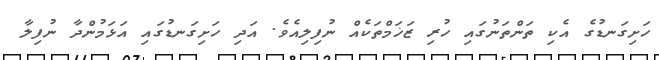
ހަށިގަނޑުގެ އެކި ތަންތަނުގައި ހުރި ޒަޚަމްތަކެއް ނުފިލިއެވެ. އަދި ހަށިގަނޑުގައި އަޅަމުންދާ ނުފިލާ